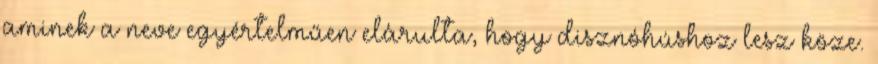
aminek a neve egyértelműen elárulta, hogy disznóhúshoz lesz köze.